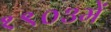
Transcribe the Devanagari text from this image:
१९०३में